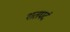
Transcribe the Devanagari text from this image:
शतपदं